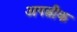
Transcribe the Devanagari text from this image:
अपत्नीक